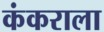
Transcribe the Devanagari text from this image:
कंकराला